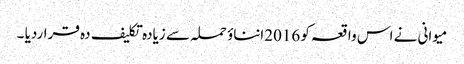
میوانی نے اس واقعہ کو 2016انناؤ حملہ سے زیادہ تکلیف دہ قراردیا ۔